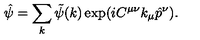
\hat { \psi } = \sum _ { k } \tilde { \psi } ( k ) \exp ( i C ^ { \mu \nu } k _ { \mu } \hat { p } ^ { \nu } ) .